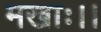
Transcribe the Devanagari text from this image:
मखाः।।